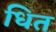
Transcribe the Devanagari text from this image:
धित